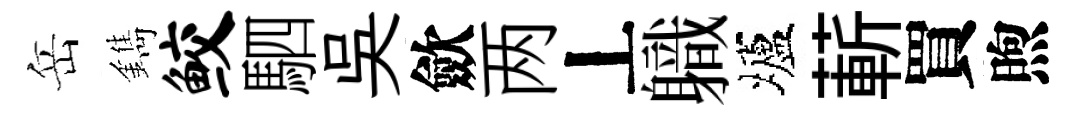
岳鐫鲛駟吳歛两丄軄壚蔪買煦